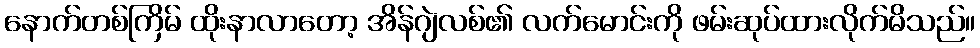
နောက်တစ်ကြိမ် ထိုးနာလာတော့ အိန်ဂျဲလစ်၏ လက်မောင်းကို ဖမ်းဆုပ်ထားလိုက်မိသည်။